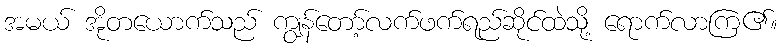
အမယ် အိုတယောက်သည် ကျွန်တော့်လက်ဖက်ရည်ဆိုင်ထဲသို့ ရောက်လာကြ၏။